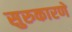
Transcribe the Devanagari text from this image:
सुरुकारणे